Leaving Certificate Examination, 1912
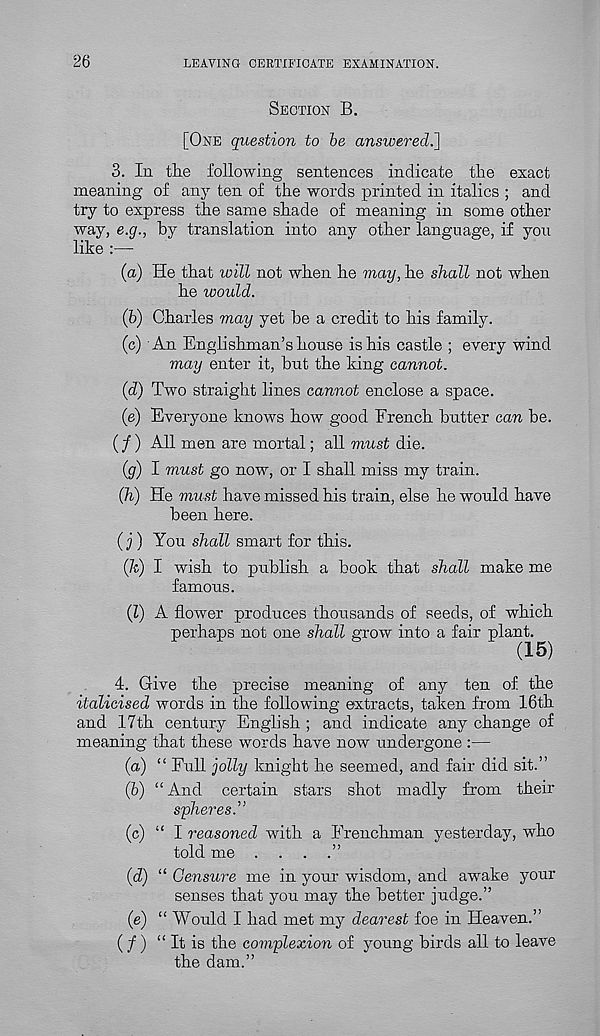
26
LEAVING CERTIFICATE EXAMINATION.
SECTION B.
[ONE question to be answered.}
3. In the following sentences indicate the exact
meaning of any ten of the words printed in italics ; and
try to express the same shade of meaning in some other
way, e.g., by translation into any other language, if you
like :—
(a) He that will not when he may, he shall not when
he would.
(b) Charles may yet be a credit to his family.
(c) An Englishman’s house is his castle ; every wind
may enter it, but the king cannot.
(d) Two straight lines cannot enclose a space.
(e) Everyone knows how good French butter can be.
(/) All men are mortal; all must die.
(g) I must go now, or I shall miss my train.
(h) He must have missed his train, else he would have
been here.
(j) You shall smart for this.
(7c) I wish to publish a book that shall make me
famous.
(Z) A flower produces thousands of seeds, of which
perhaps not one shall grow into a fair plant.
(15)
4. Give the precise meaning of any ten of the
italicised words in the following extracts, taken from 16th
and 17th century English ; and indicate any change of
meaning that these words have now undergone :—
(а) “ Full jolly knight he seemed, and fair did sit.”
(б) “And certain stars shot madly from their
spheres.”
(c) “ I reasoned with a Frenchman yesterday, who
told me . . . .”
(c7) “ Censure me in your wisdom, and awake your
senses that you may the better judge.”
(e) “ Would I had met my dearest foe in Heaven.”
(/) “ It is the complexion of young birds all to leave
the dam.”